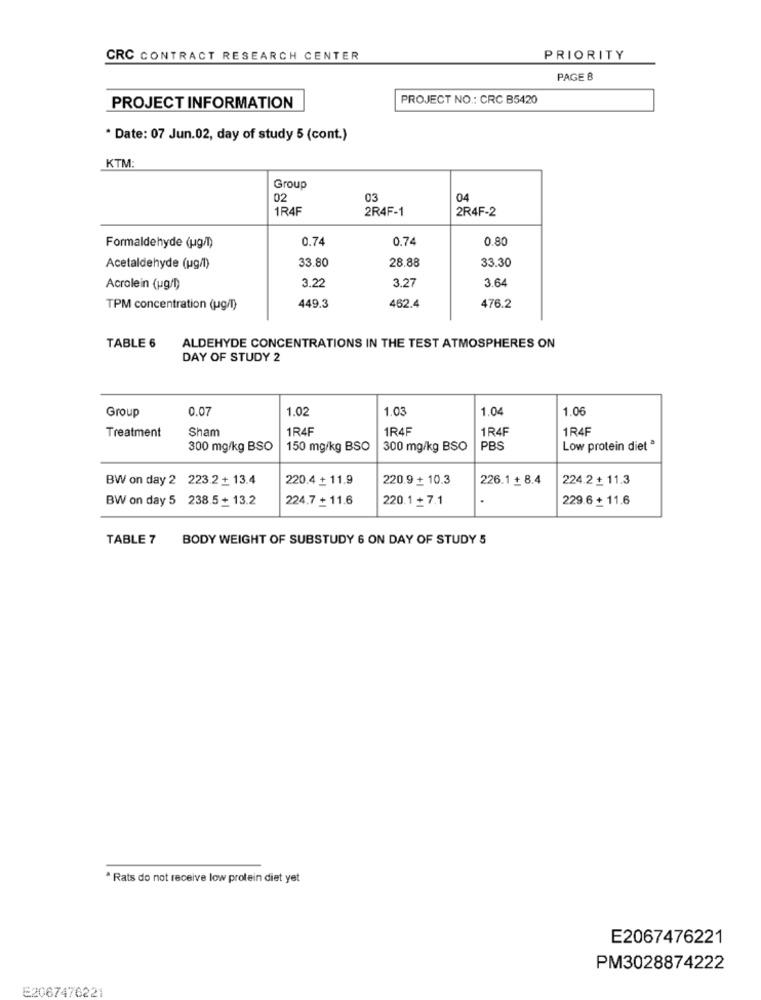
CRC CONTRACT RESEARCH CENTER
PRIORITY
PAGE B
PROJECT NO .: CRC B5420
PROJECT INFORMATION
* Date: 07 Jun.02, day of study 5 (cont.)
KTM:
Group
02
03
04
1R4F
2R4F-1
2R4F-2
0.74
0.74
0.80
Formaldehyde (ug/l)
33.80
28.88
33.30
Acetaldehyde (ug/l)
3.2
3.64
Acrolein (ug/1)
3.22
462.4
TPM concentration (ug/l)
449.3
476.2
TABLE 6
ALDEHYDE CONCENTRATIONS IN THE TEST ATMOSPHERES ON
DAY OF STUDY 2
Group
0.07
1.02
1.03
1.04
1.06
Treatment
Sham
1R4F
1R4F
1R4F
1R4F
300 mg/kg BSO
150 mg/kg BSO
300 mg/kg BSO
PBS
Low protein diet ª
BW on day 2 223.2 + 13.4
220.4 + 11.9
220.9 + 10.3
226.1 + 8.4
224.2 + 11.3
BW on day 5 238.5+ 13.2
224.7 + 11.6
220.1+7.1
229.6 + 11.6
TABLE 7
BODY WEIGHT OF SUBSTUDY 6 ON DAY OF STUDY 5
* Rats do not receive low protein diet yet
E2067476221
PM3028874222
E2067476221